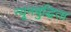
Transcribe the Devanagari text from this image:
न्यूनबुद्धिता